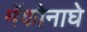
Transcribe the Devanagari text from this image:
मॅकोनाघे